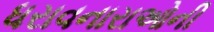
ધરાવનારાઓની